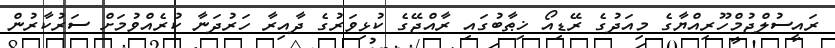
ރައީސުލްޖުމްހޫރިއްޔާގެ މިއަދުގެ ރޭޑިއޯ ޚިޠާބުގައި ރާއްޖޭގެ ކުޅިވަރުގެ ދާއިރާ ހަރުދަނާ ކުރެއްވުމަށް ސަރުކާރުން